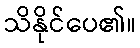
သိနိုင်ပေ၏။